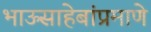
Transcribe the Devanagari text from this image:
भाऊसाहेबांप्रमाणे